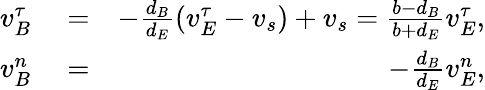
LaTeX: \begin{array}{rlr}{v_{B}^{\tau}}&{{}=}&{-\frac{d_{B}}{d_{E}}(v_{E}^{\tau}-v_{s})+v_{s}=\frac{b-d_{B}}{b+d_{E}}v_{E}^{\tau},}\\ {v_{B}^{n}}&{{}=}&{-\frac{d_{B}}{d_{E}}v_{E}^{n},}\end{array}